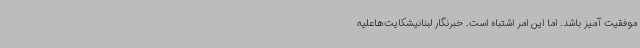
موفقیت آمیز باشد. اما این امر اشتباه است. خبرنگار لبنانیشکایت‌هاعلیه